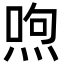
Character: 喣